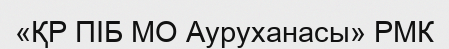
«ҚР ПІБ МО Ауруханасы» РМК